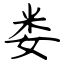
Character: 娄